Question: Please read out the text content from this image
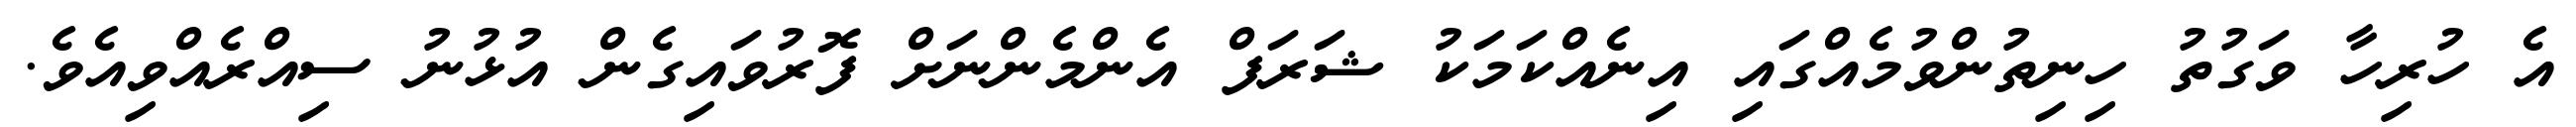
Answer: އެ ހުރިހާ ވަގުތު ހިނިތުންވުމެއްގައި އިނެއްކަމަކު ޝަރަފް އެންމެންނަށް ފޮރުވައިގެން އުޅުނު ސިއްރެއްވިއެވެ.